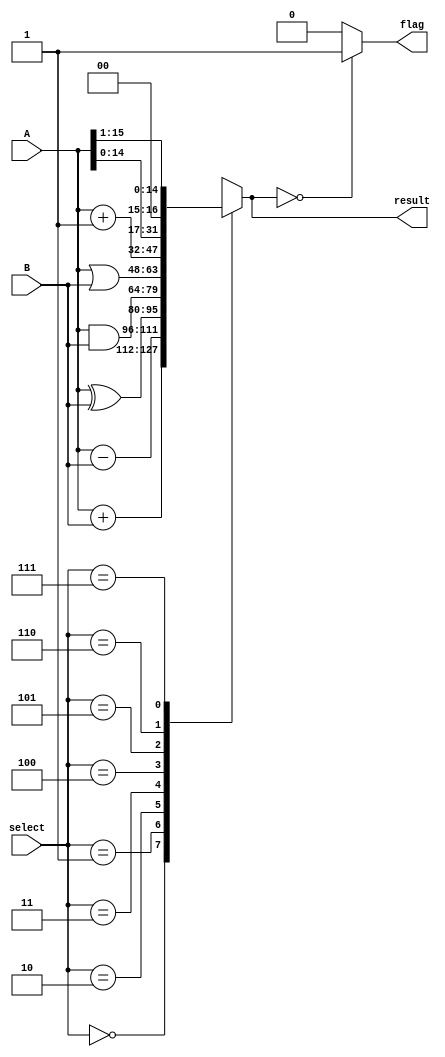
module ALU(result, flag, select, A,B);
	output[15:0] result;
	output flag;
	input[2:0] select;
	input[15:0] A,B;
	reg[15:0] result;
	reg flag;
	always @*
	begin
	case(select)
	3'b000: result=A+B;
	3'b001: result=A-B;
	3'b010: result=A^B;
	3'b011: result=A&B;
	3'b100: result=A|B;
	3'b101: result=A+1;
	3'b110: result=A<<1;
	3'b111: result=A>>1;
	default:result=16'd0;
	endcase
	if(result==0)
	flag = 1;
	else
	flag = 0;
	end
endmodule